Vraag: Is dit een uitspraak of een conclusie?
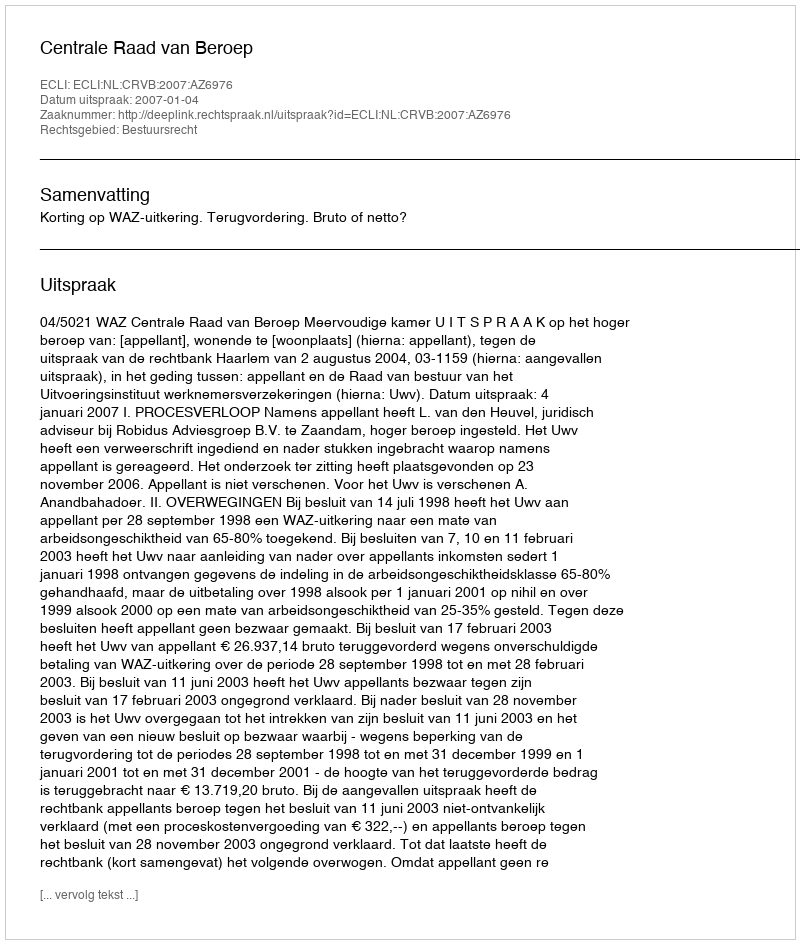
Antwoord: Uitspraak